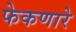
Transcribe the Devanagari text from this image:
फेकणारे